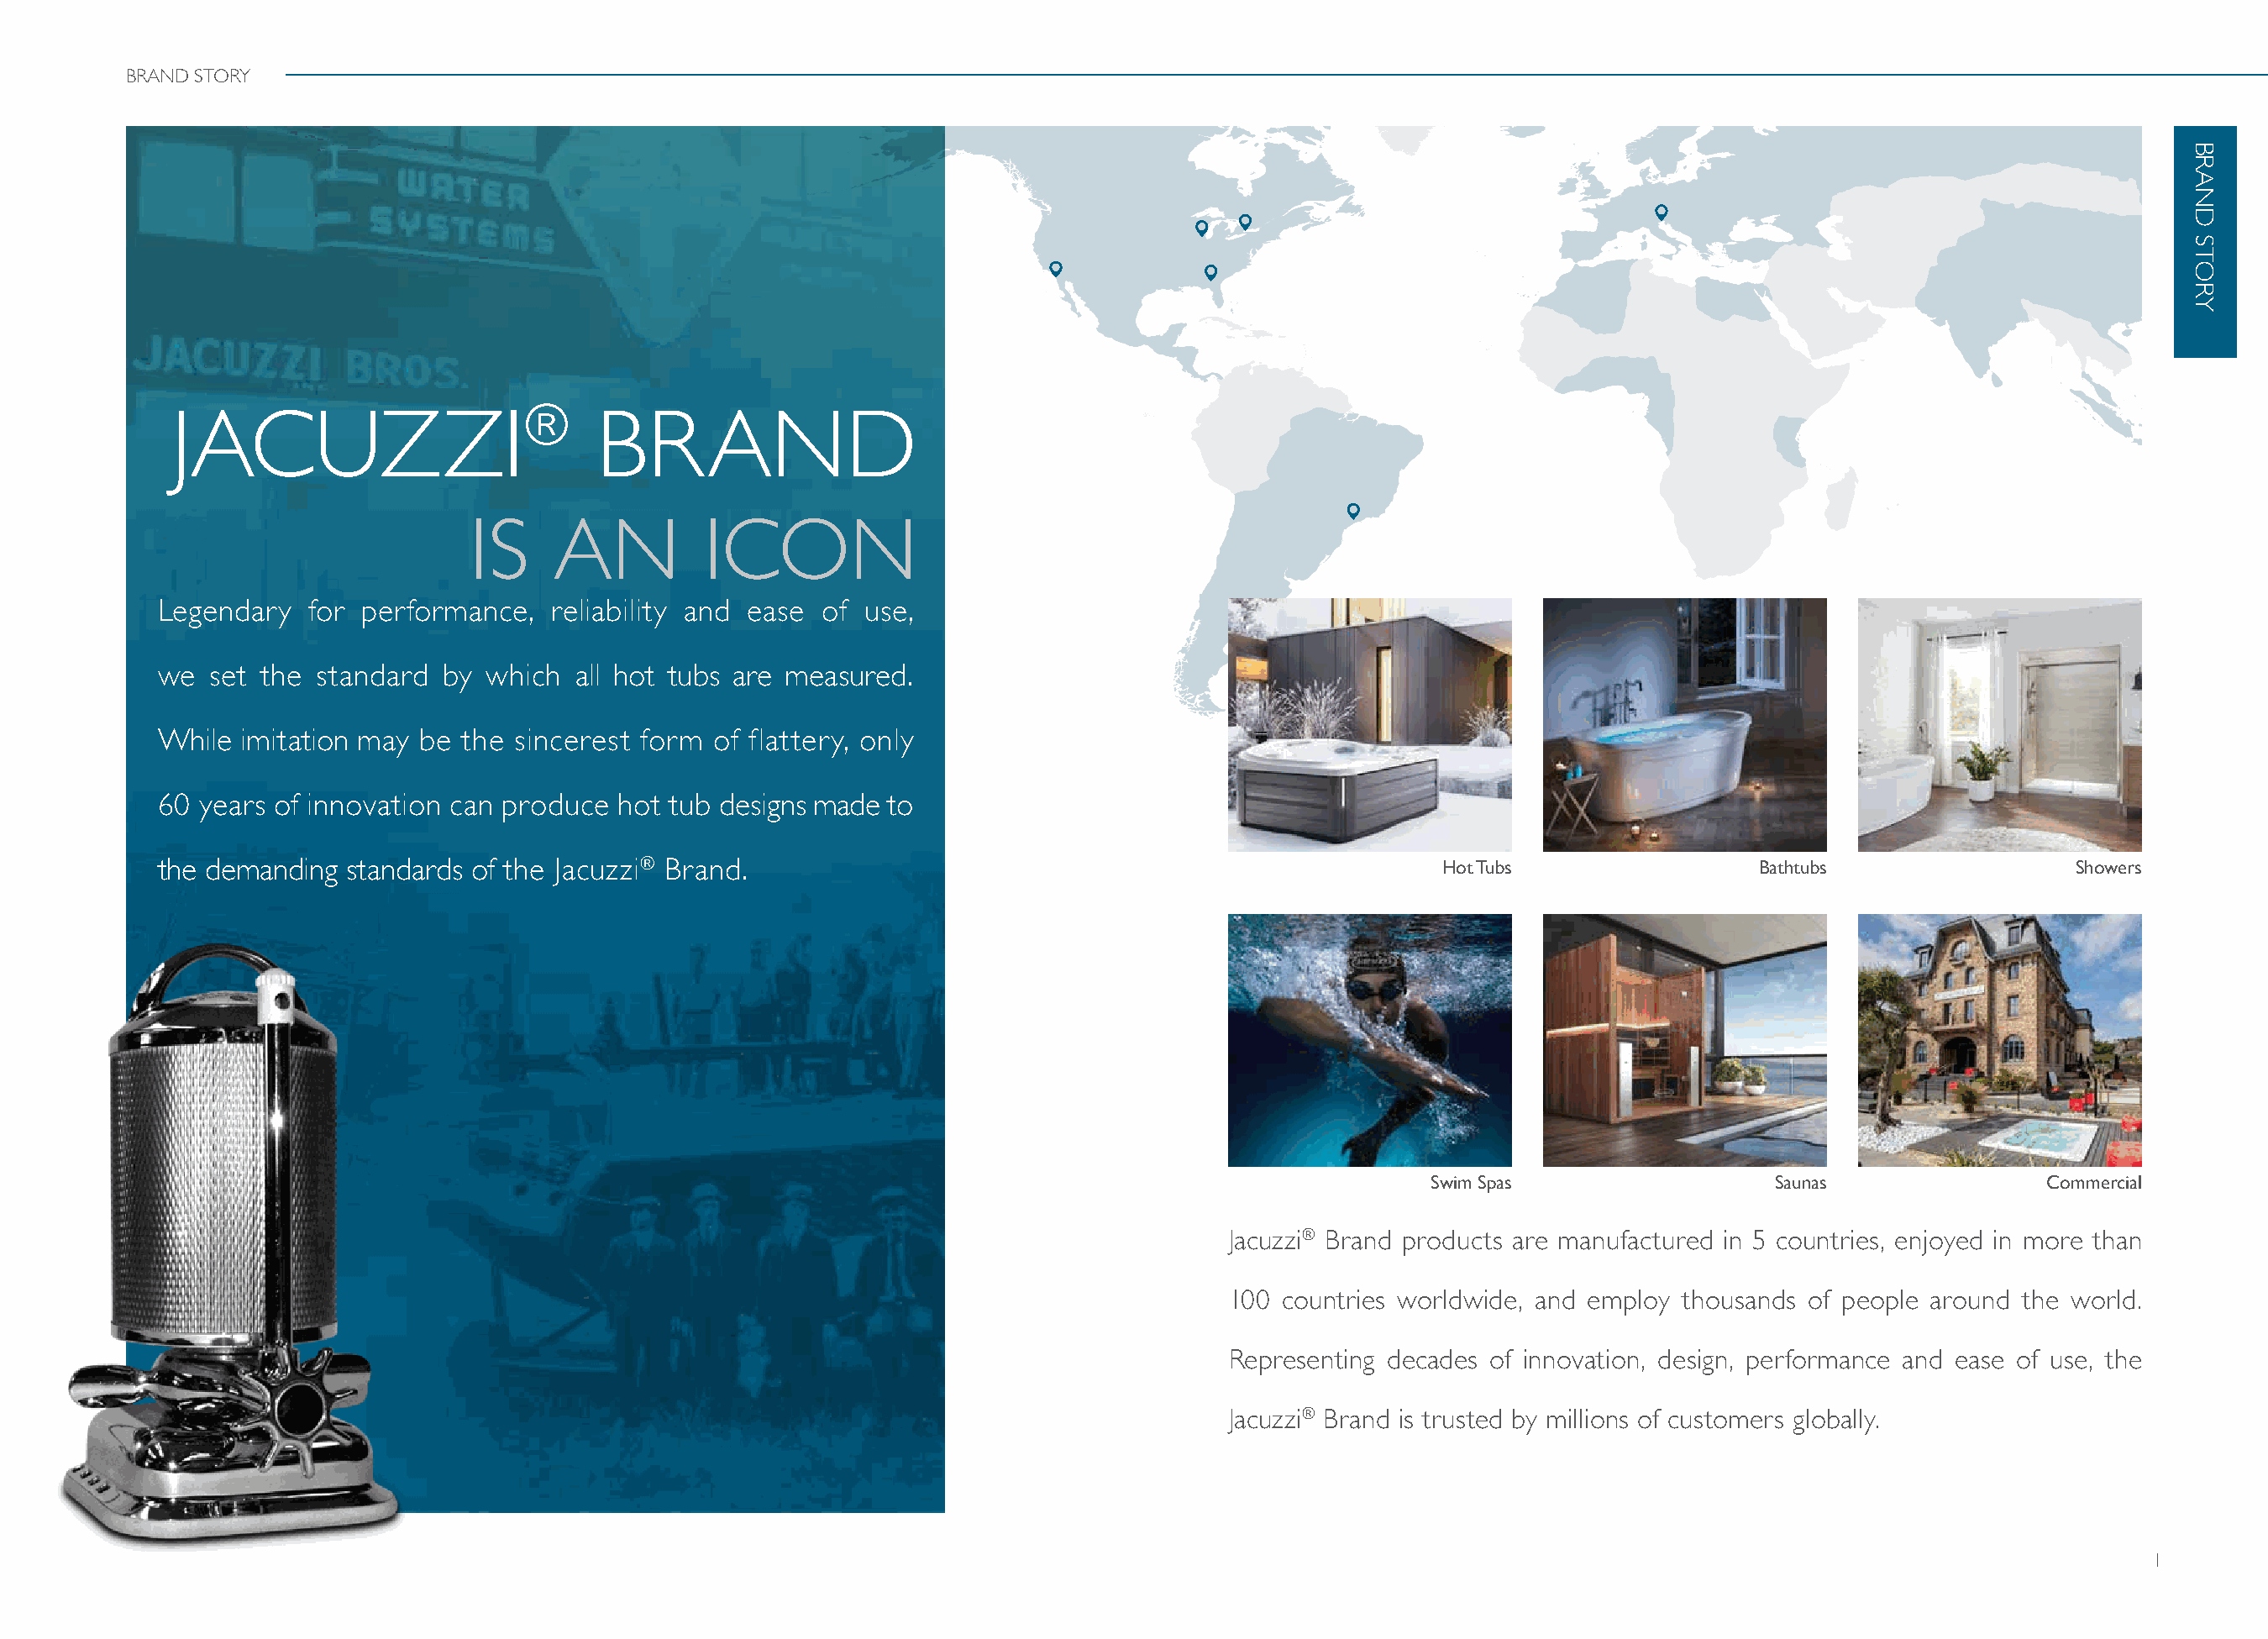
BRAND STORY
 ®
 JACUZZI                           BRAND
 IS     AN         ICON
 Legendary   for performance,   reliability and ease  of use,
 we  set  the standard  by which  all hot tubs are measured.
 While  imitation may be the  sincerest form of flattery, only
 60  years of innovation can produce  hot tub designs made to
 the demanding  standards of the Jacuzzi® Brand.                                                       Hot Tubs                 Bathtubs                 Showers
 Swim Spas                  Saunas               Commercial
 Jacuzzi® Brand products are manufactured in 5 countries, enjoyed in more than
 100 countries worldwide, and employ thousands of people around the world.
 Representing decades of innovation, design, performance and ease of use, the
 Jacuzzi® Brand is trusted by millions of customers globally.
 1
 BRAND
 STORY